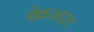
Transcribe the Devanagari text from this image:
चेकआउट